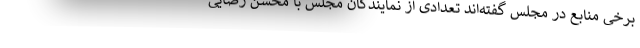
برخی منابع در مجلس گفته‌اند تعدادی از نمایندگان مجلس با محسن رضایی